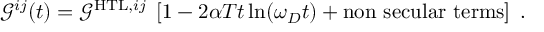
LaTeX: \mathcal { G } ^ { i j } ( t ) = \mathcal { G } ^ { \mathrm { H T L } , i j } \; \left[ 1 - 2 \alpha T t \ln ( \omega _ { D } t ) + \mathrm { n o n ~ s e c u l a r ~ t e r m s } \right] \; .